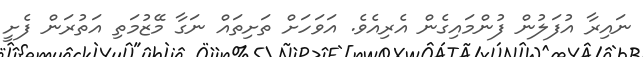
ނައިރާ އުފަލުން ފުންމައިގެން އެރިއެވެ. އަވަހަށް ތަށިތައް ނަގާ މޭޒުމަތި އަތުރަން ފެށީ